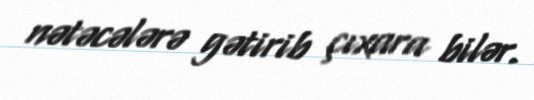
nətəcələrə gətirib çıxara bilər.